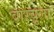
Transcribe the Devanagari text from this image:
बारबुला